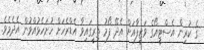
ގެ ކުރިން އެސްޓީއޯގެ ވަޒީފާއަށް އެދޭ ފޯމު ތިރީގައިވާ އެޑްރެހަށް ހުށަހެޅުއްވުން އެދެމެވެ.